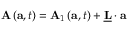
\mathbf { A } \left( \mathbf { a } , t \right) = \mathbf { A } _ { 1 } \left( \mathbf { a } , t \right) + \underline { { \mathbf { L } } } \cdot \mathbf { a }